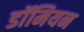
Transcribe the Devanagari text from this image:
डॉमियन